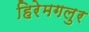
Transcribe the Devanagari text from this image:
हिरेमगलुर